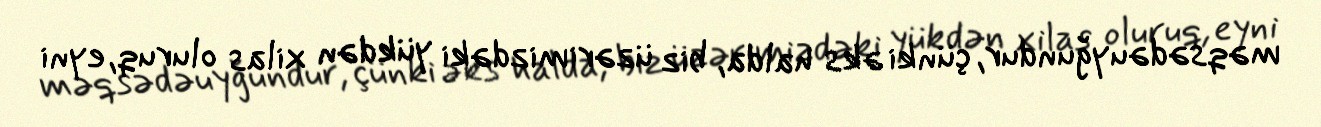
məqsədəuyğundur, çünki əks halda, biz üzərimizdəki yükdən xilas oluruq, eyni